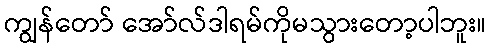
ကျွန်တော် အော်လ်ဒါရမ်ကိုမသွားတော့ပါဘူး။